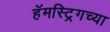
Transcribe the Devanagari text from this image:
हॅमस्ट्रिगच्या